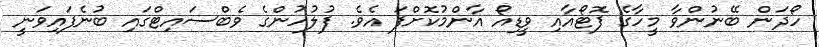
ހޯދަން ބޭނުންވާ މީހާގެ ފޮޓޯއާއި ވީޑިއޯ އާންމުކޮށްފަ އެވެ. ފުލުހުންގެ ވެބްސައިޓްގައި ބުނެފައިވަނީ